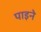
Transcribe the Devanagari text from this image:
पाइने